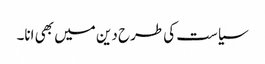
سیاست کی طرح دین میں بھی انا۔